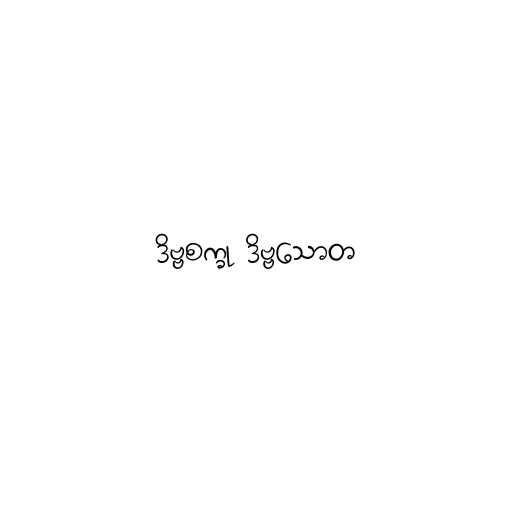
ဒိဗ္ဗစက္ခု ဒိဗ္ဗသောတ